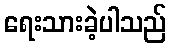
ရေးသားခဲ့ပါသည်